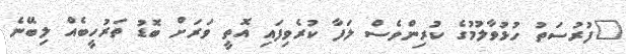
"ފުރުސަތު ހުޅުވާލުމުގެ ކުރިންވެސް ލަފާ ކުރެވިފައި އޮތީ ވަރަށް ބޮޑު ތަރުހީބެއް ލިބޭނެ